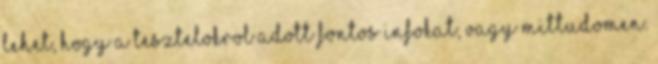
lehet, hogy a tesztelokrol adott fontos infokat, vagy mittudomen.